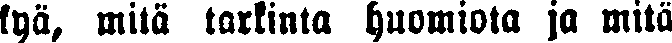
kyä, mitä tarkinta huomiota ja mitä